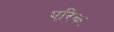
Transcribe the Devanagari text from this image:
एरिक॰